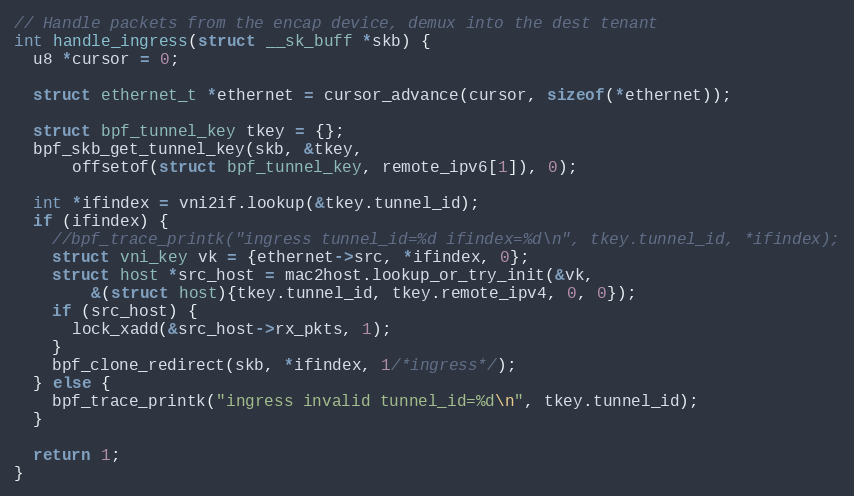
Language: C
// Handle packets from the encap device, demux into the dest tenant
int handle_ingress(struct __sk_buff *skb) {
  u8 *cursor = 0;

  struct ethernet_t *ethernet = cursor_advance(cursor, sizeof(*ethernet));

  struct bpf_tunnel_key tkey = {};
  bpf_skb_get_tunnel_key(skb, &tkey,
      offsetof(struct bpf_tunnel_key, remote_ipv6[1]), 0);

  int *ifindex = vni2if.lookup(&tkey.tunnel_id);
  if (ifindex) {
    //bpf_trace_printk("ingress tunnel_id=%d ifindex=%d\n", tkey.tunnel_id, *ifindex);
    struct vni_key vk = {ethernet->src, *ifindex, 0};
    struct host *src_host = mac2host.lookup_or_try_init(&vk,
        &(struct host){tkey.tunnel_id, tkey.remote_ipv4, 0, 0});
    if (src_host) {
      lock_xadd(&src_host->rx_pkts, 1);
    }
    bpf_clone_redirect(skb, *ifindex, 1/*ingress*/);
  } else {
    bpf_trace_printk("ingress invalid tunnel_id=%d\n", tkey.tunnel_id);
  }

  return 1;
}